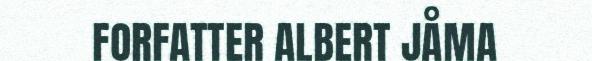
FORFATTER ALBERT JÅMA